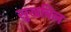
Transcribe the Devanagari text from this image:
सुखविल